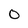
Character: 0